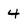
Character: 4